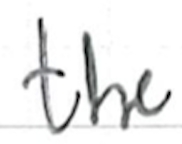
Text: the
Cross-out: clean
Writing tool: ballpoint